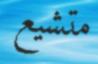
متشيع